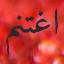
اغتنم